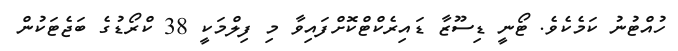
ހުއްޓުނު ކަމެކެވެ. ޓޯނީ ޑިސޫޒާ ޑައިރެކްޓްކޮށްފައިވާ މި ފިލްމަކީ 38 ކްރޯޑުގެ ބަޖެޓަކުން